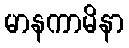
မာနကာမိနာ